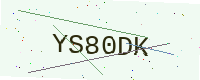
Text: YS80DK